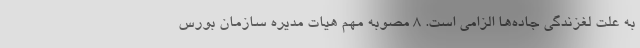
به علت لغزندگی جاده‌ها الزامی است. 8 مصوبه مهم هیات مدیره سازمان بورس